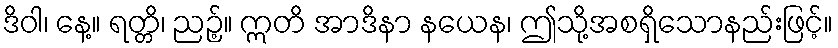
ဒိဝါ၊ နေ့။ ရတ္တိ၊ ညဉ့်။ ဣတိ အာဒိနာ နယေန၊ ဤသို့အစရှိသောနည်းဖြင့်။